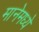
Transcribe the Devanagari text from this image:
मानेमध्ये